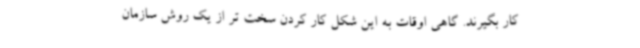
کار بگیرند. گاهی اوقات به این شکل کار کردن سخت تر از یک روش سازمان